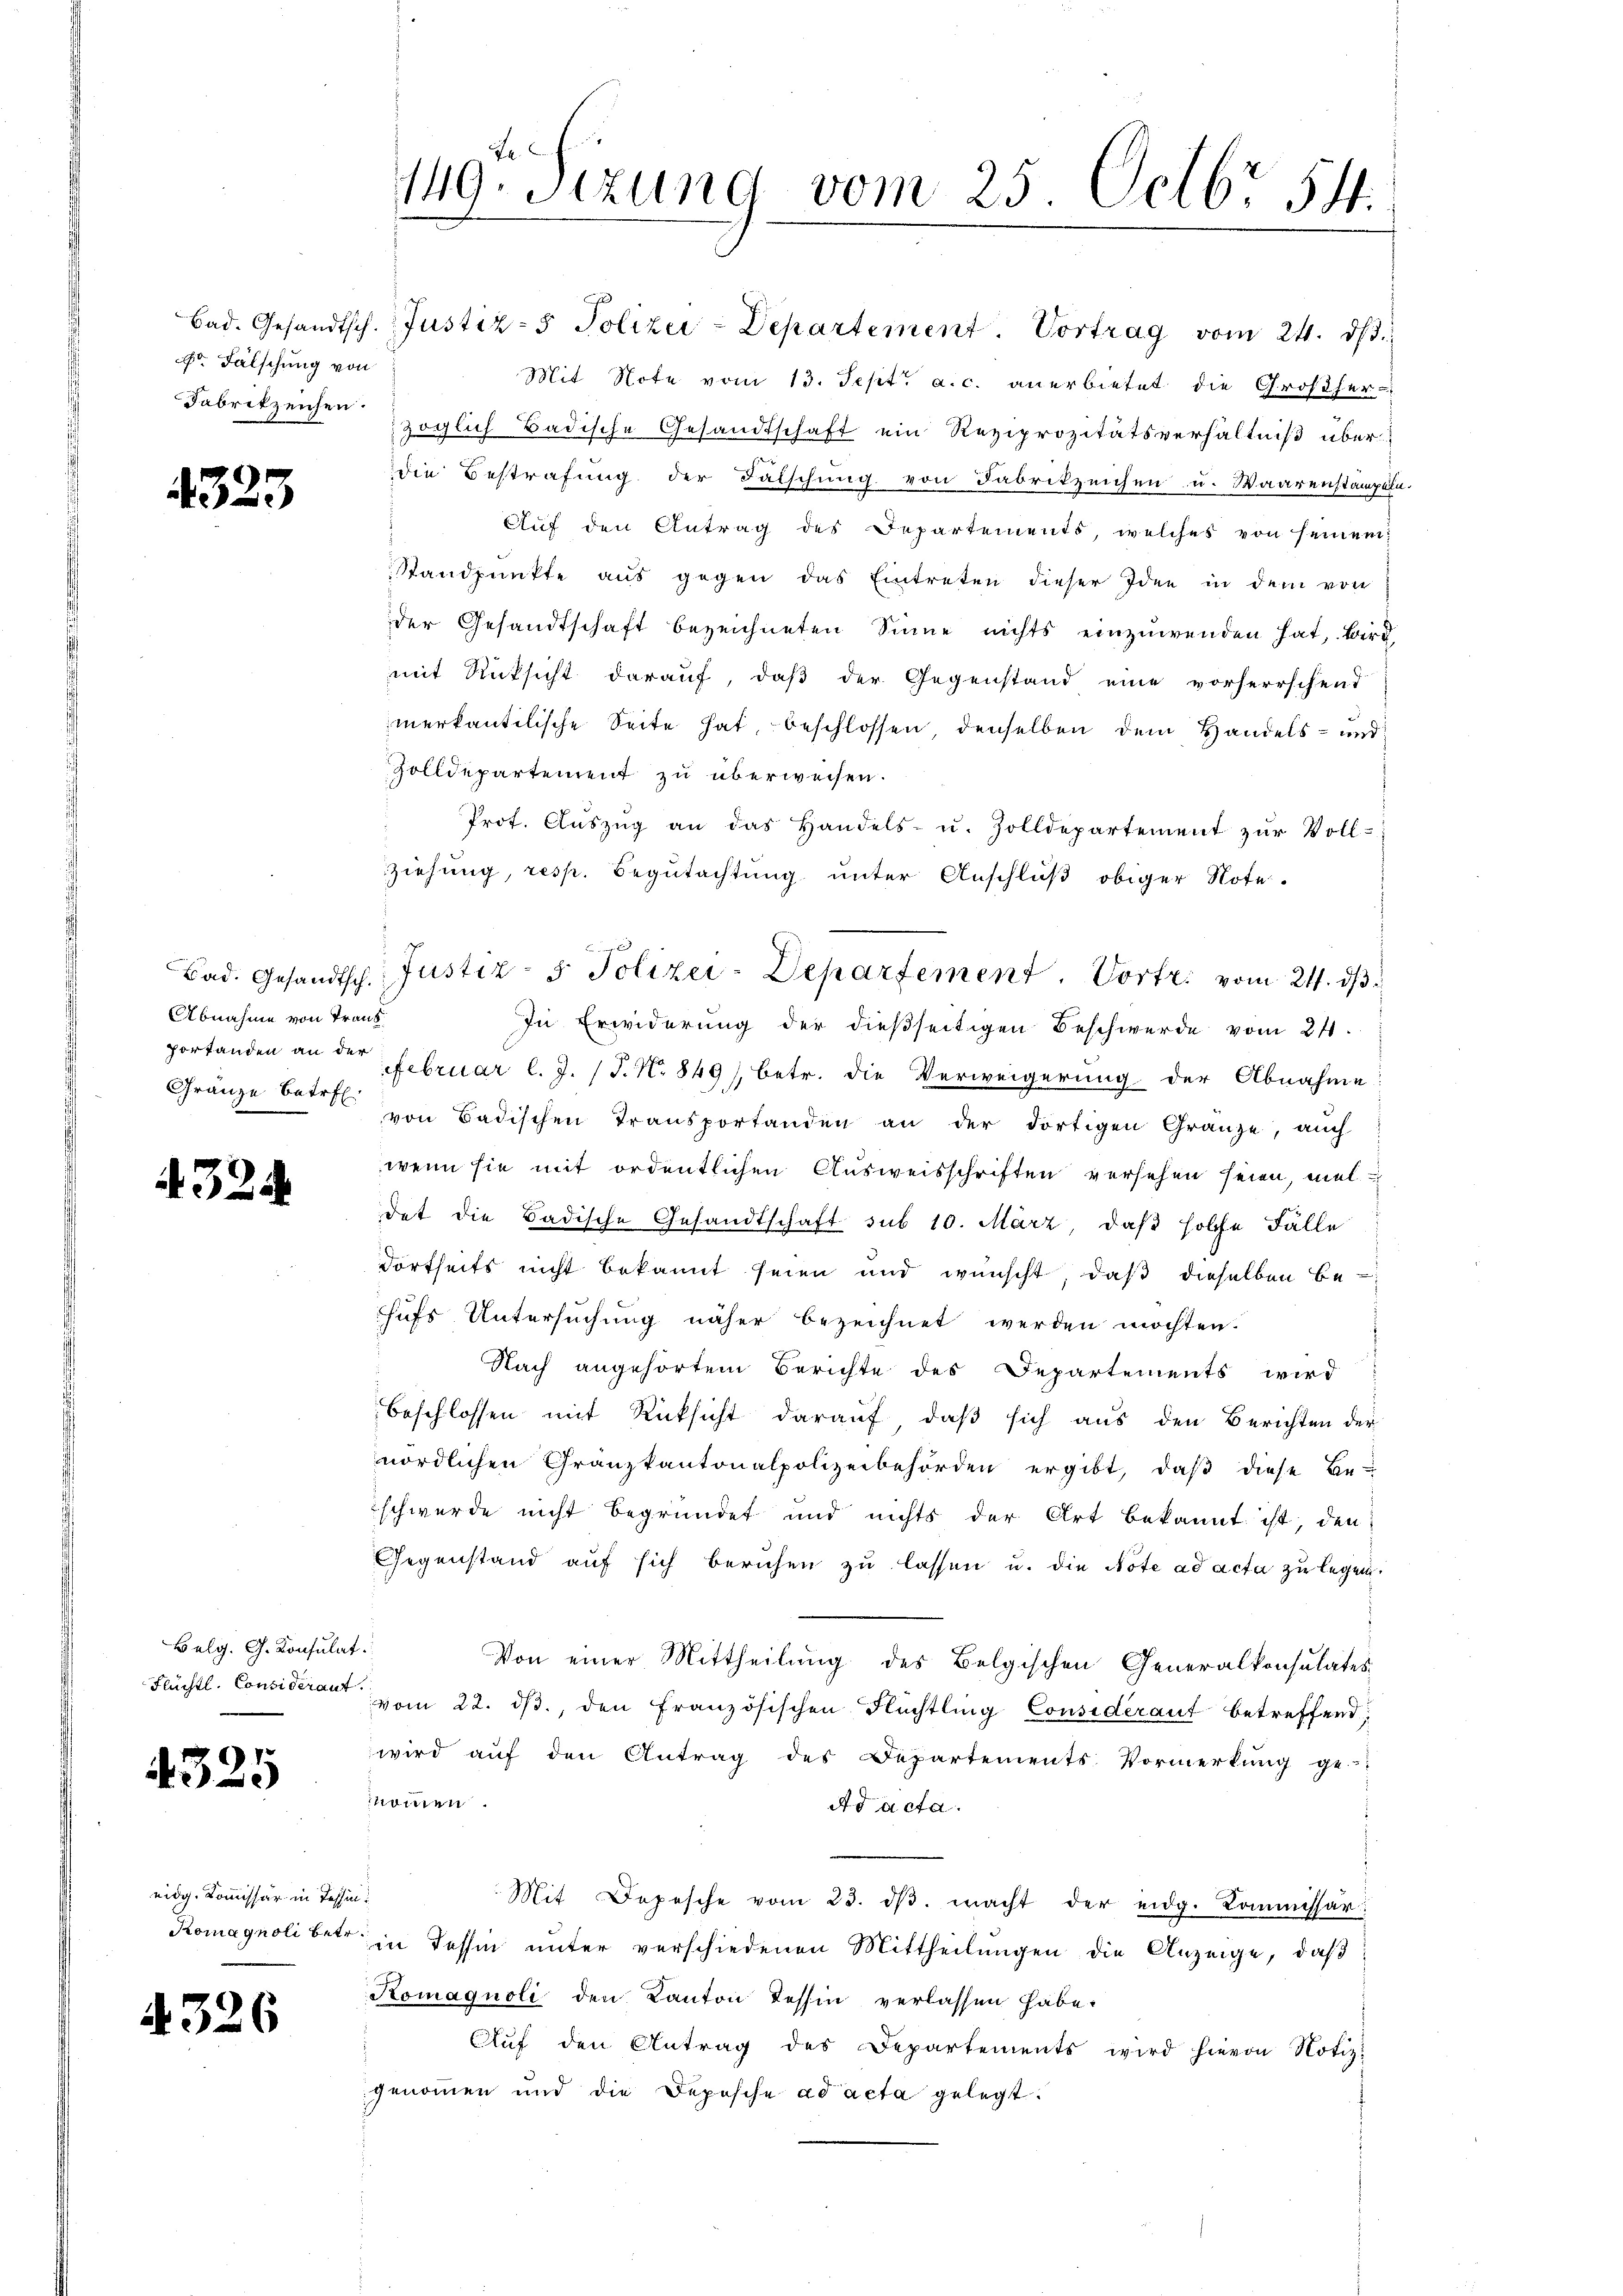
r Fälschung von
Fabrikzeichen.

4323

Abnahme von Trans¬
Gränze Betref

432.

Belg. G. Konsulat
Flüchtl. Considerant.

4325

eidg. Kommissär in Tessin:

4326

149. Sizung vom 25. Octbr. 54.

Bad. Gesandtsch. Justiz- & Polizei-Departement Vortrag vom 24. dβ.
Mit Note vom 13. Sept. a. c. anerbietet die Großherzöglich Badische Gesandtschaft ein Reziprozitätsverhältniß überdie Bestrafung der Fälschung von Fabrikzeichen u. Waarenstampela-
Auf den Antrag des Departements, welches von seinem
Standpŭnkte aŭs gegen das Eintreten dieser Idee in dem von
der Gesandtschaft bezeichneten Sinne nichts einzuwenden hat, wird
mit Rücksicht darauf, daß der Gegenstand eine vorherrschend
merkantilische Seite hat, beschlossen, denselben dem Handels- und
Zolldepartement zu überweisen.
Prof. Aŭszŭg an das Handels- u. Zolldepartement zur Voll-
Ziehung, resp. Begutachtung unter Anschluß obiger Note.
In Erwiderung der dießseitigen Beschwerde vom 21.
portanden an der Februar l. J. P. Nr. 849), betr. die Verweigerung der Abnahme:
von Badischen Transportanden an der dortigen Gränze, auch
wenn sie mit ordentlichen Ausweisschriften versehen seien, mel
det die Badische Gesandtschaft sub 10. März, daß solche Fälle
dortseits nicht bekannt seien und wünscht, daß dieselben be-
hufs Untersuchung näher bezeichnet werden möchten.
Nach angehörtem Berichte des Departements wird
beschlossen mit Rücksicht darauf, daß sich aus den Berichten der
nördlichen Granzkantonalpolizeibehörden ergibt, daβ diese Be-
schwerde nicht begründet und nichts der Art bekannt ist, den
Gegenstand auf sich beruhen zu lassen u. die Note ad acta zu legen.
Von einer Mittheilung des Belgischen Generalkonsulates
vom 22. ds., den Französischen Flüchtling Considerant betreffend
wird aŭf den Antrag des Departements-Vormerkŭng ge-
nommen
Ad acta.
Mit Depesche vom 23. dβ. macht der eidg. Kommissar:
Romagnoli betr. in Tessin unter verschiedenen Mittheilungen die Anzeige, daß
Komagnoli den Kanton Tessin verlassen habe.
Aŭf den Antrag des Departements wird hievon Notiz-
genommen und die Depesche ad acta gelegt:

Bad. Gesandtsch. Justiz- & Polizei-Departement. Vortr. vom 24. dβ